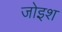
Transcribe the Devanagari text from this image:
जोइश